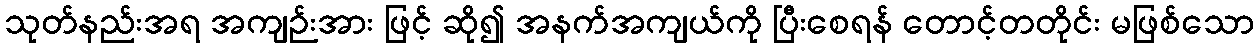
သုတ်နည်းအရ အကျဉ်းအား ဖြင့် ဆို၍ အနက်အကျယ်ကို ပြီးစေရန် တောင့်တတိုင်း မဖြစ်သော